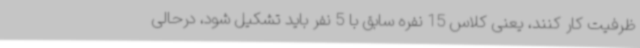
ظرفیت کار کنند، یعنی کلاس 15 نفره سابق با 5 نفر باید تشکیل شود، درحالی